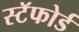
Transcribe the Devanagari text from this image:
स्टॅफोर्ड